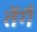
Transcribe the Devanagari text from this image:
तेंगै